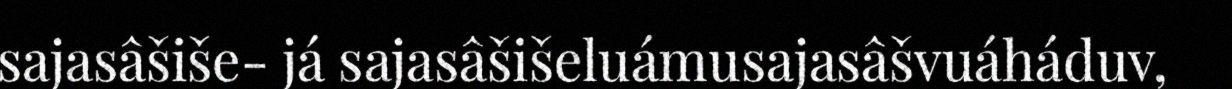
sajasâšiše- já sajasâšišeluámusajasâšvuáháduv,